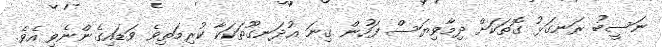
ނަސީބު ރަނގަޅު ގޮތަކަށް ދިމާވިޔަސް ފަހުން ގިނަ އުދަނގޫތަކަކާ ކުރިމަތިވެ ވަޑައިގެންނެވި އެވެ.